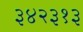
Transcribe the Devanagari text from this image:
३४२३१३